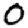
Digit: 0